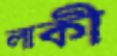
লাকী